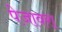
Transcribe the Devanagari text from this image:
पेजावरा